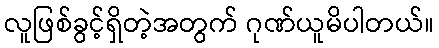
လူဖြစ်ခွင့်ရှိတဲ့အတွက် ဂုဏ်ယူမိပါတယ်။